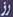
رز